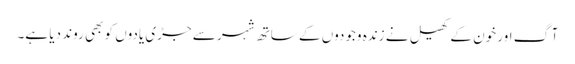
آگ اور خون کے کھیل نے زندہ وجودوں کے ساتھ شہر سے جڑی یادوں کو بھی روند دیا ہے۔